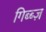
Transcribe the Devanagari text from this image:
गिब्ब्ज़